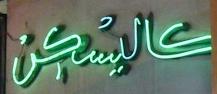
كاليسكن